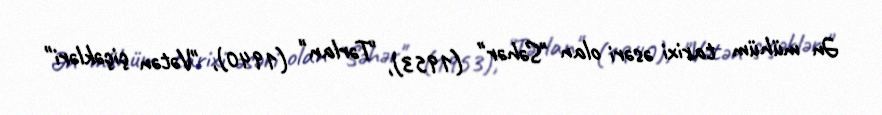
Ən mühüm tarixi əsəri olan "Səhər" (1953), "Tərlan" (1940), "Vətən çiçəkləri"